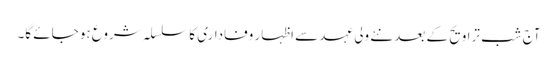
آج شب تراویح کے بعد نئے ولی عہد سے اظہار وفاداری کا سلسلہ شروع ہو جائے گا۔